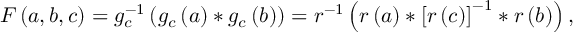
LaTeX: F \left( a , b , c \right) = g _ { c } ^ { - 1 } \left( g _ { c } \left( a \right) * g _ { c } \left( b \right) \right) = r ^ { - 1 } \left( r \left( a \right) * \left[ r \left( c \right) \right] ^ { - 1 } * r \left( b \right) \right) ,